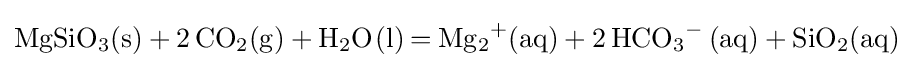
{\ce {MgSiO3(s) + 2CO2(g) + H2O(l) = Mg2+(aq) + 2HCO3- (aq) + SiO2(aq)}}